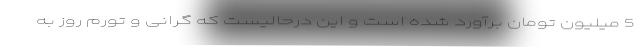
5 میلیون تومان برآورد شده است و این درحالیست که گرانی و تورم روز به